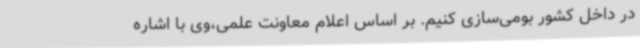
در داخل کشور بومی‌سازی کنیم. بر اساس اعلام معاونت علمی،وی با اشاره